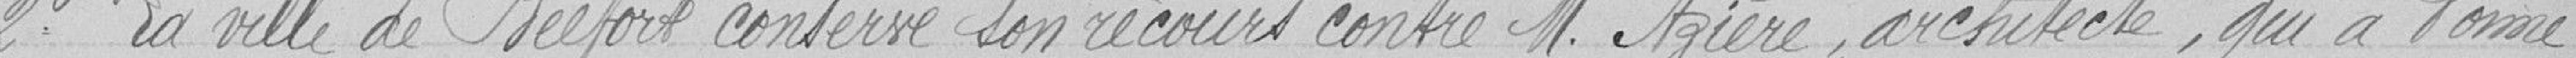
2° La ville de Belfort conserve son recours contre Monsieur Azière, Architecte, qui a donné